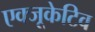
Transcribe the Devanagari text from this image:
एक्‍जूकेटिव